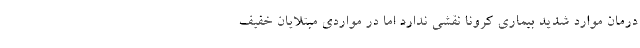
درمان موارد شدید بیماری کرونا نقشی ندارد اما در مواردی مبتلایان خفیف